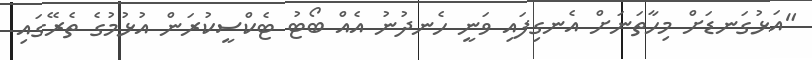
"އަޅުގަނޑަށް މިހާތަނަށް އެނގިފައި ވަނީ ހެނދުނު އެއް ބޯޓު ޓެކްސީކުރަން އުޅުމުގެ ތެރޭގައި